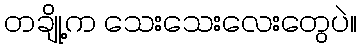
တချို့က သေးသေးလေးတွေပဲ။